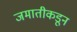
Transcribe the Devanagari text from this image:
जमातीकडून